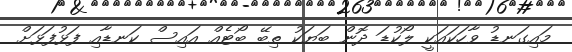
މައިގަނޑު ވާހަކައަކީ ލޯކުޑަ ދޮން ބަޔަކު ތިބޭ ބޯޓެއް އައިސް ކަނޑާއި ފަޅުފަޅަށް